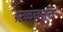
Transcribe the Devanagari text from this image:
पटकावलेला